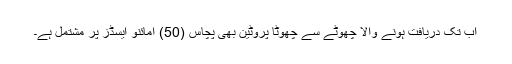
اب تک دریافت ہونے والا چھوٹے سے چھوٹا پروٹین بھی پچاس (50) امائنو ایسڈز پر مشتمل ہے۔